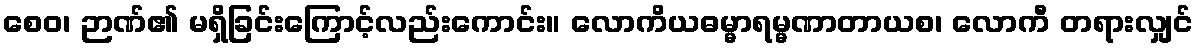
စေဝ၊ ဉာဏ်၏ မရှိခြင်းကြောင့်လည်းကောင်း။ လောကိယဓမ္မာရမ္မဏာတာယစ၊ လောကီ တရားလျှင်